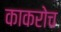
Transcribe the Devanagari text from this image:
काकरोच